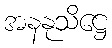
အနနုသိဋ္ဌေ